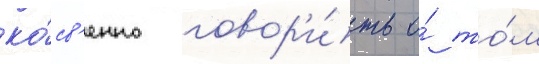
ко́св'енно говор'и́ть о́ то́м